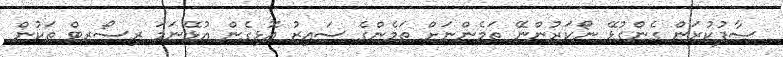
ސާފުކުރަން ގެންގުޅޭ ނޯކަރުންނޭ ތަމެންނަށް ތަމެންގެ ސައިޒު އޮޅިގެން އުޅޭނަމަ ރިސޯރޓް ތަކުން